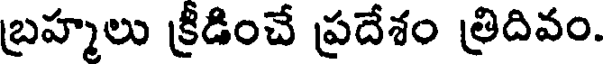
బ్రహ్మలు క్రీడించే ప్రదేశం త్రిదివం.